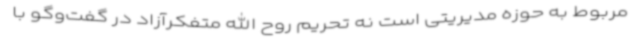
مربوط به حوزه مدیریتی است نه تحریم روح الله متفکرآزاد در گفت‌وگو با